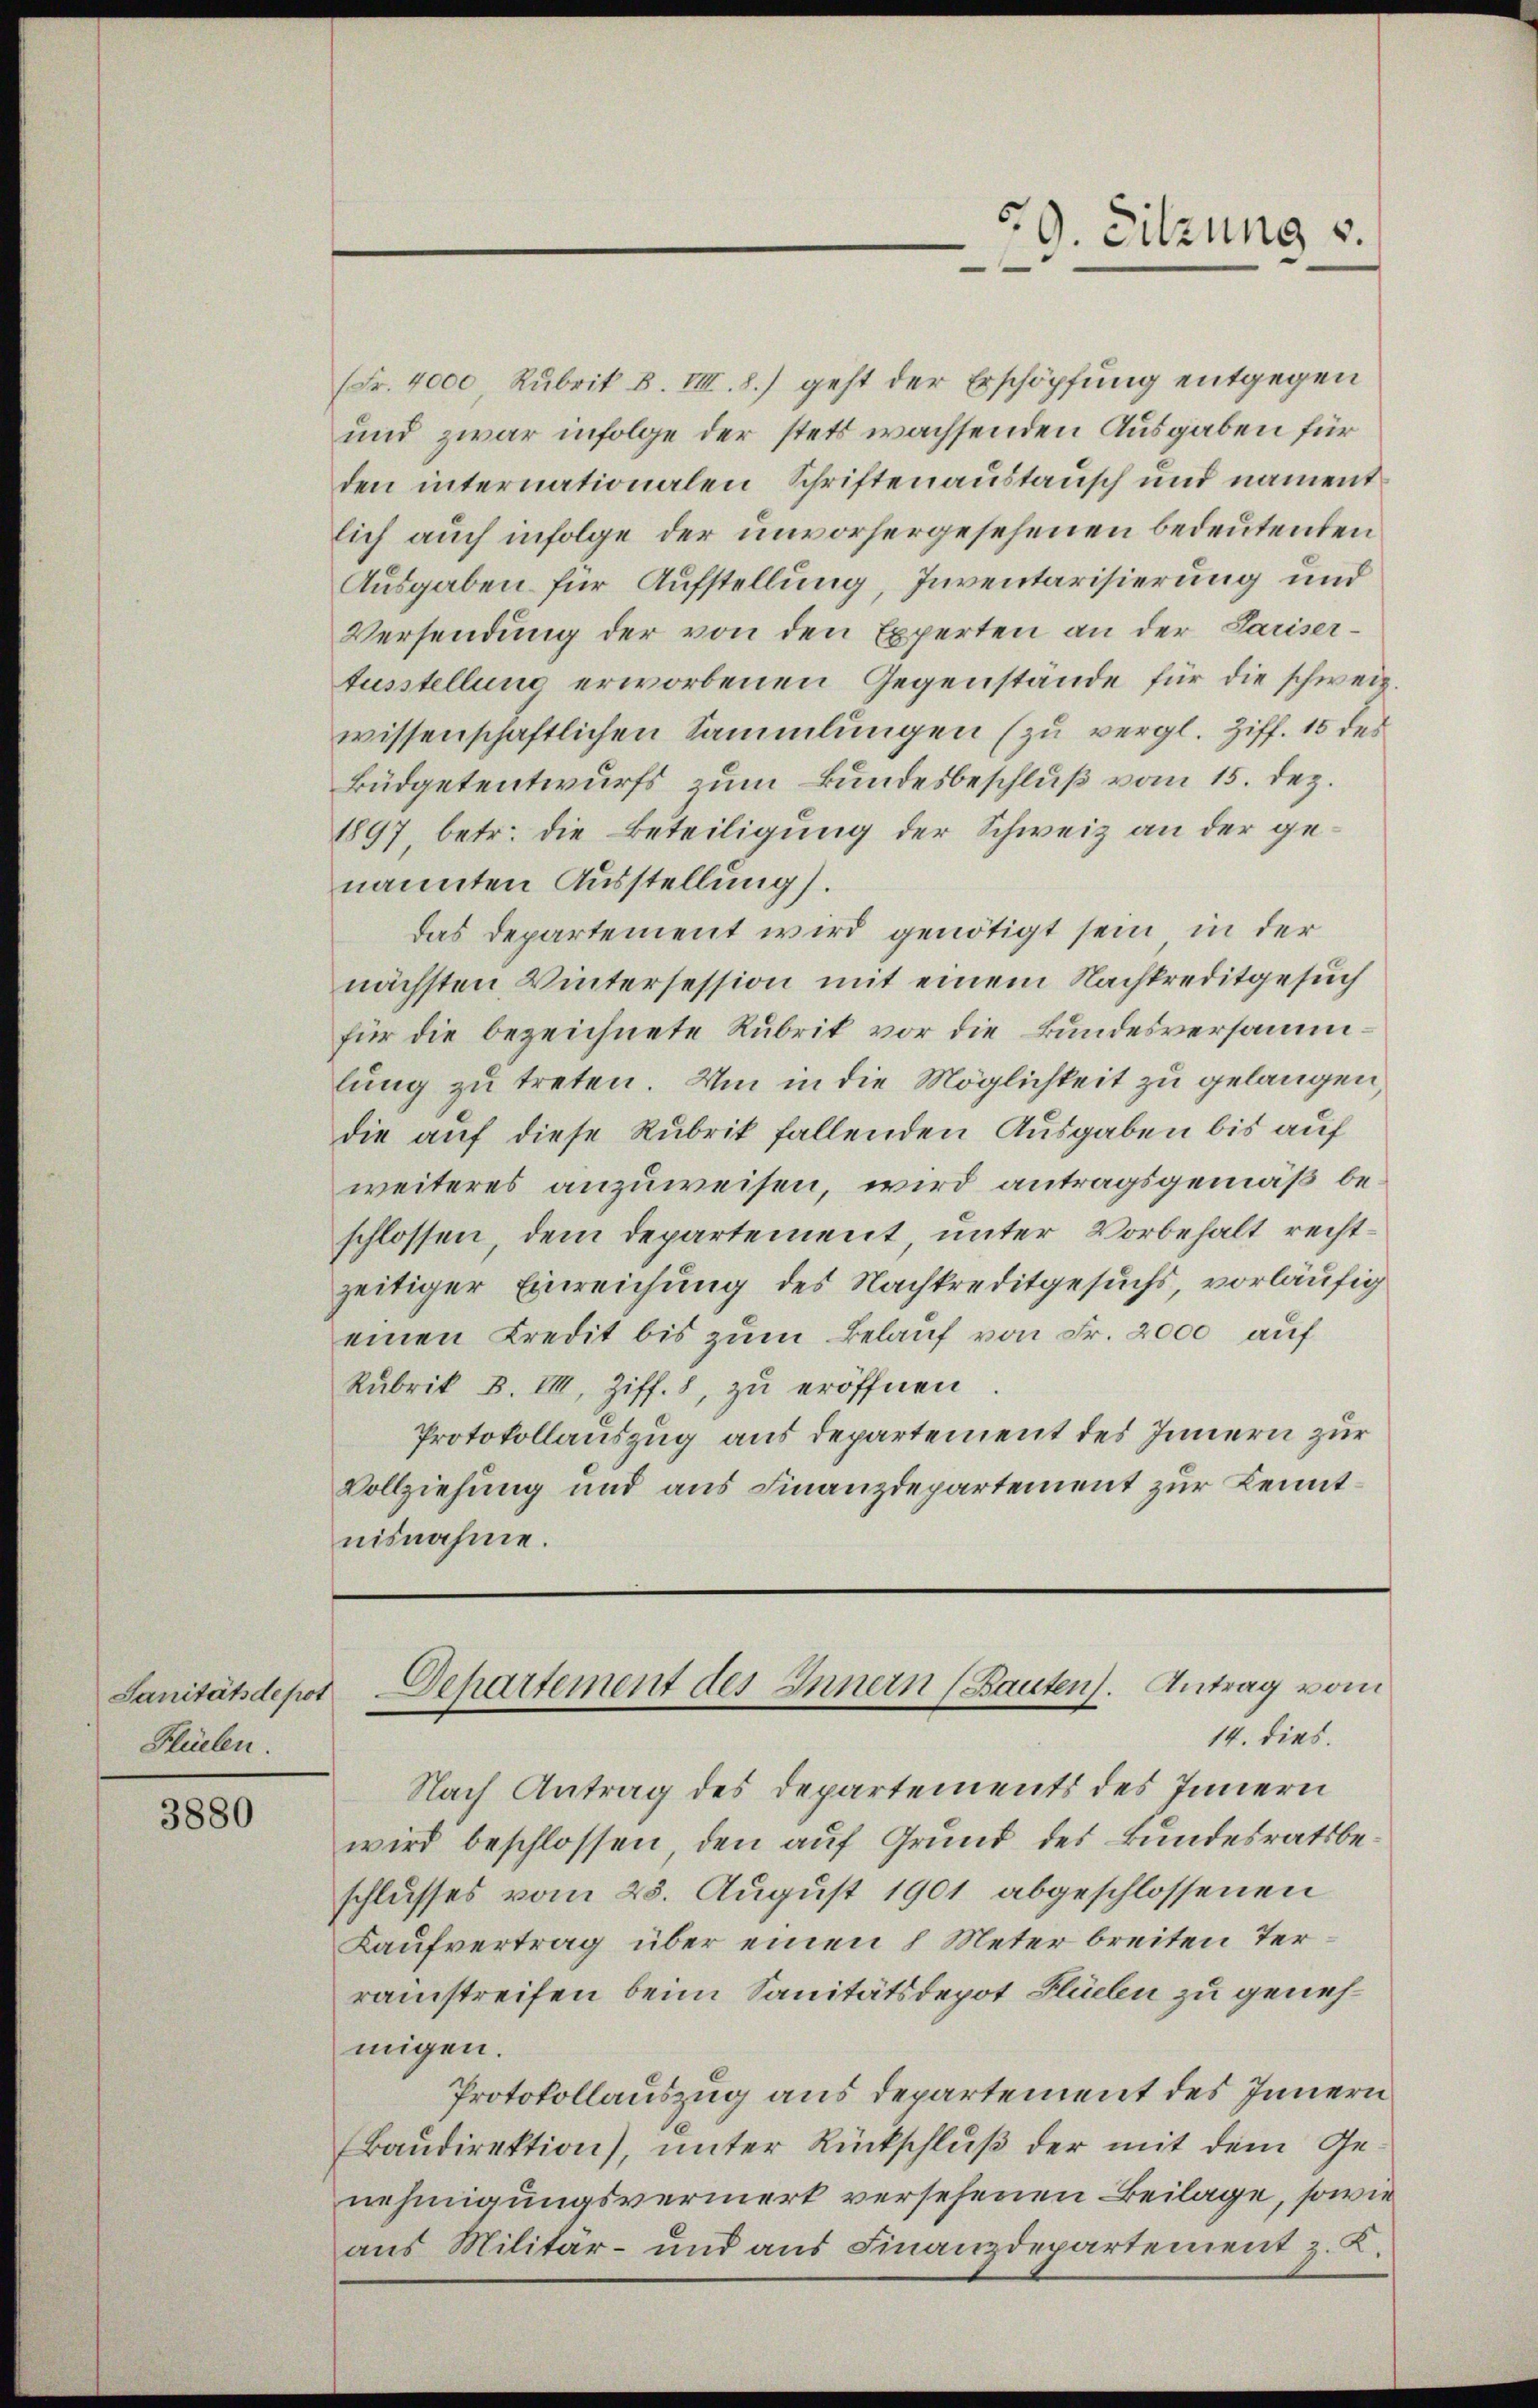
Sanität de pot
Flüelen.

3880

(Fr. 4000 Rubrik B. VIII. 8.) geht der Erschöpfung entgegen
und zwar infolge der stets wachsenden Ausgaben für
den internationalen Schriftenaustausch und namentlich auch infolge der unvorhergesehenen bedeutenden
Ausgaben für Aufstellung, Inventarisierung und
Versendung der von den Experten an der Parisertusstellung erworbenen Gegenstände für die schweiz.
wissenschaftlichen Sammlungen (zu vergl. Ziff. 15 des
Büdgetentwurfs zum Bundesbeschluß vom 15. Dez.
1897 betr. die Beteiligung der Schweiz an der genannten Ausstellung.
Das Departement wird genötigt sein, in der
nächsten Wintersession mit einem Nachkreditgesuch
für die bezeichnete Rubrik vor die Bundesversammlung zu treten. Um in die Möglichkeit zu gelangen,
die auf diese Rubrik fallenden Ausgaben bis auf
weiteres anzuweisen, wird antragsgemäß beschlossen, dem Departement, unter Vorbehalt rechtzeitiger Einreichung des Nachkreditgesuchs, vorläufig
einen Kredit bis zum Belauf von Fr. 2000 auf
Rubrik B. VIII. Ziff. 8, zu eröffnen
Protokollauszug aus departement des Innern zur
Vollziehung und aus Finanzdepartement zur Kenntnisnahme.

14. dies.
Nach Antrag des Departements des Innern
wird beschlossen, den auf Grund des Bundesratsbeschlusses vom 25. August 1901 abgeschlossenen
Kaufvertrag über einen 1 Meter breiten Terrainstreifen beim Sanitätsdepot Fliebe zu genehmigen.
Protokollauszug aus Departement des Innern
Baudirektion), unter Rückschluß der mit dem Genehmigungsvermerk versehenen Beilage, sowie
aus Militär- und aus Finanzdepartement z. K.

9. Sitzung v.
—

Dehartement des Innern (Bauten). Antrag vom